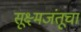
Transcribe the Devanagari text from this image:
सूक्ष्मजंतूचा